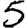
Digit: 5